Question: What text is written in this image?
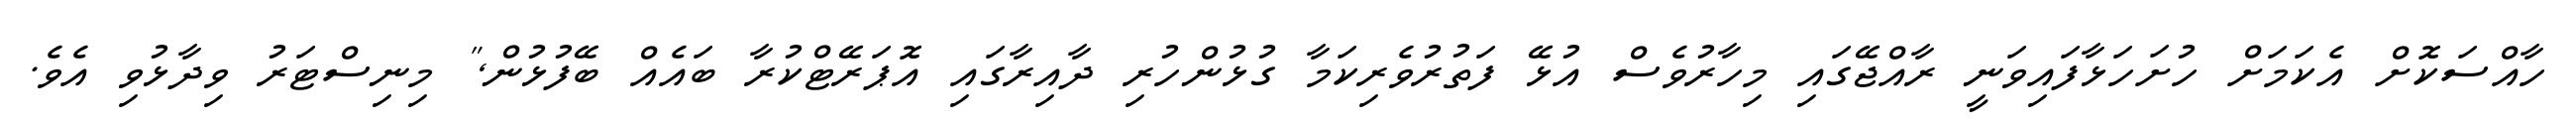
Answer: ހާއްސަކޮށް އެކަމަށް ހުށަހަޅާފައިވަނީ ރާއްޖޭގައި މިހާރުވެސް އުޅޭ ފަތުރުވެރިކަމާ ގުޅުންހުރި ދާއިރާގައި އޮޕަރޭޓްކުރާ ބައެއް ބޭފުޅުން," މިނިސްޓަރު ވިދާޅުވި އެވެ.